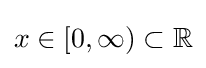
x\in [0,\infty )\subset \mathbb {R}